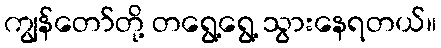
ကျွန်တော်တို့ တရွေ့ရွေ့ သွားနေရတယ်။